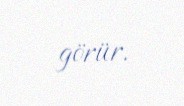
görür.